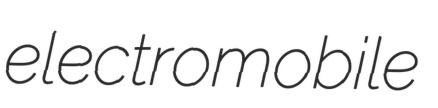
electromobile